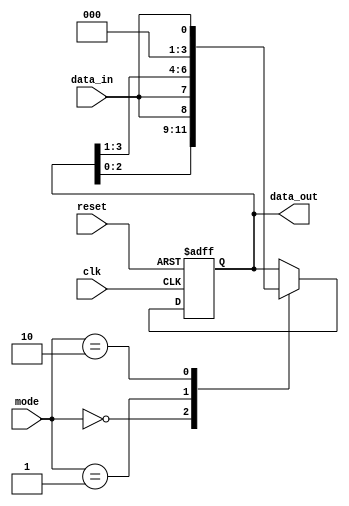
module universal_shift_register (
    input wire clk,
    input wire reset,
    input wire [1:0] mode,
    input wire data_in,
    output reg [3:0] data_out
);

always @(posedge clk or posedge reset) begin
    if (reset) begin
        data_out <= 4'b0000;
    end 
    else begin
        case (mode)
            2'b00: data_out <= {data_out[2:0], data_in}; // Shift left
            2'b01: data_out <= {data_in, data_out[3:1]}; // Shift right
            2'b10: data_out <= data_in; // Parallel load
            default: ; // Hold state
        endcase
    end
end

endmodule